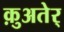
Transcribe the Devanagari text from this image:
क़ुअतेर्